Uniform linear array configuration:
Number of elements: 12
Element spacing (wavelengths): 0.25
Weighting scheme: hann
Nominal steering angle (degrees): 45
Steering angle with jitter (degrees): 45.562
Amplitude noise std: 0.05
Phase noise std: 0.05

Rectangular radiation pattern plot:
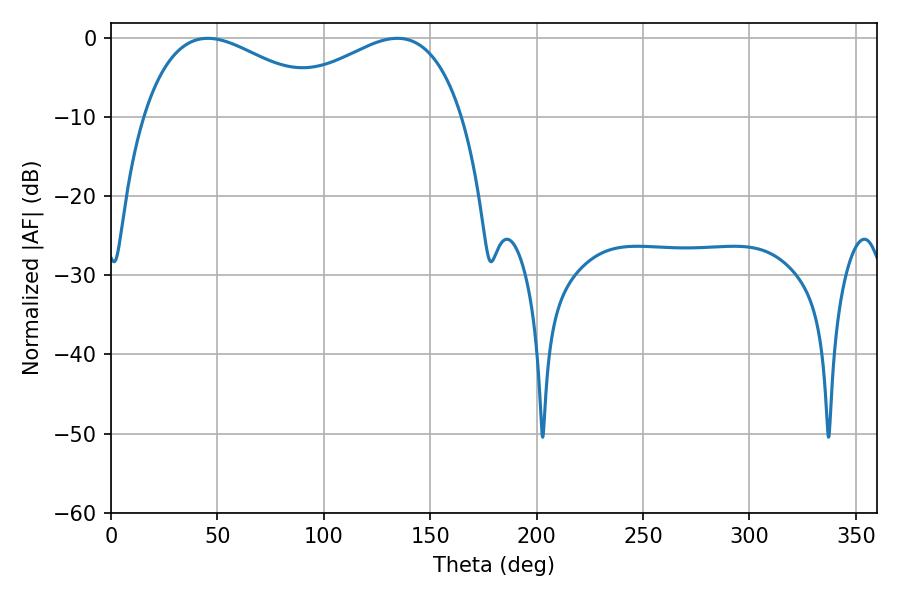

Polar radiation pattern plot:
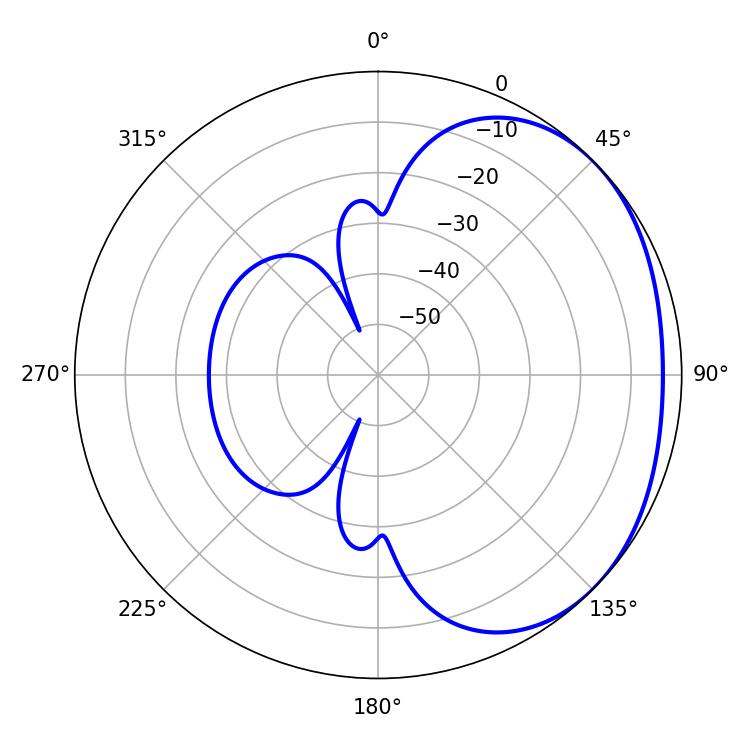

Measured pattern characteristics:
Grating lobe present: FALSE
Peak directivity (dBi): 1.956
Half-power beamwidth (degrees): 49.14
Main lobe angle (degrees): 45.54